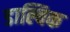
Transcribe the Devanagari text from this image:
डाल्विक